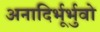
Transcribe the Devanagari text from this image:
अनादिर्भूर्भुवो